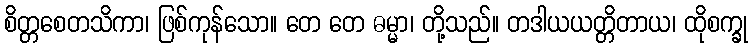
စိတ္တစေတသိကာ၊ ဖြစ်ကုန်သော။ တေ တေ ဓမ္မာ၊ တို့သည်။ တဒါယယတ္တိတာယ၊ ထိုစက္ခု